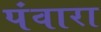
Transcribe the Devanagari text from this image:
पंवारा